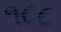
૧૮૮